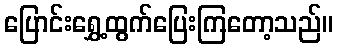
ပြောင်းရွှေ့ထွက်ပြေးကြတော့သည်။